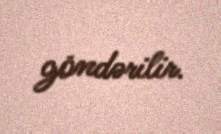
göndərilir.